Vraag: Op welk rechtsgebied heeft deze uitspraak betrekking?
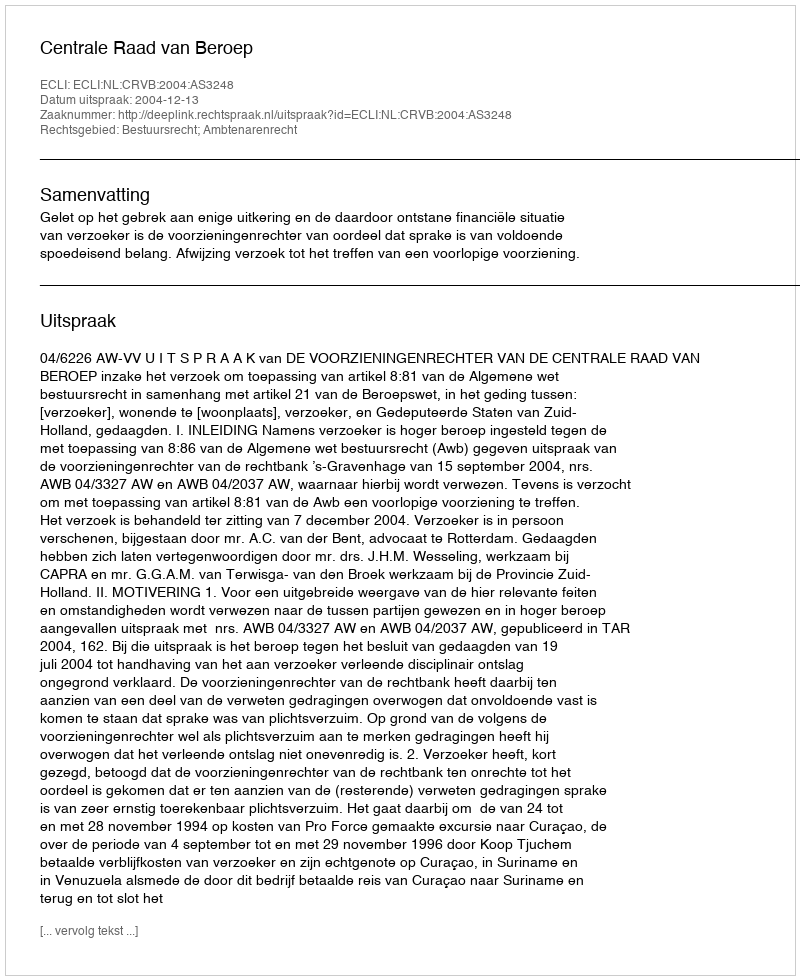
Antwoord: Bestuursrecht; Ambtenarenrecht